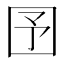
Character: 𡆹